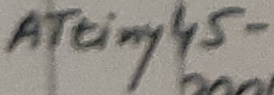
Text: ATtiny45